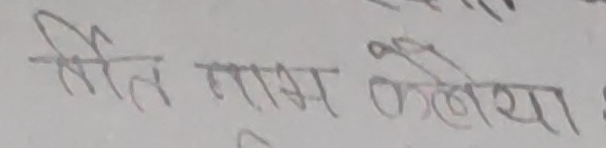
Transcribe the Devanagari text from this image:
क्षित राम खलेया